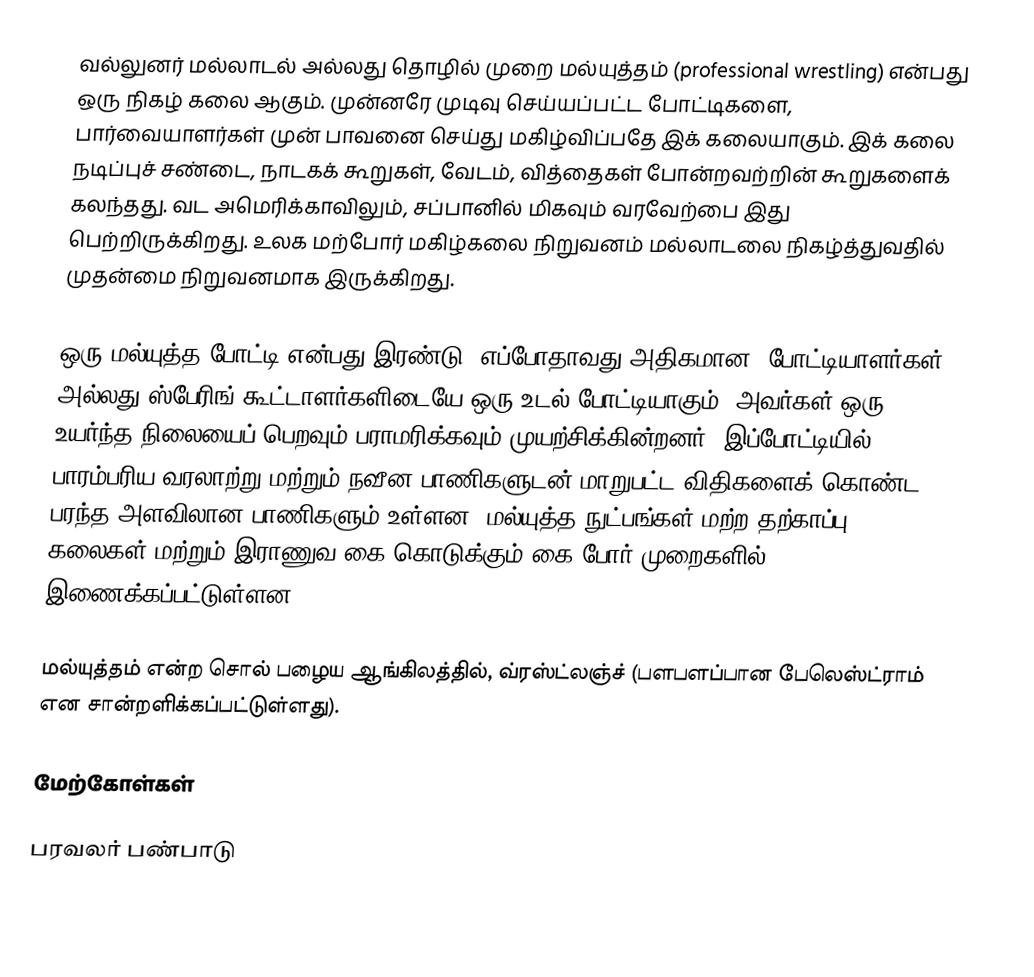
வல்லுனர் மல்லாடல் அல்லது தொழில் முறை  மல்யுத்தம் (professional wrestling) என்பது ஒரு நிகழ் கலை ஆகும். முன்னரே முடிவு செய்யப்பட்ட போட்டிகளை, பார்வையாளர்கள் முன் பாவனை செய்து மகிழ்விப்பதே இக் கலையாகும். இக் கலை நடிப்புச் சண்டை, நாடகக் கூறுகள், வேடம், வித்தைகள் போன்றவற்றின் கூறுகளைக் கலந்தது. வட அமெரிக்காவிலும், சப்பானில் மிகவும் வரவேற்பை இது பெற்றிருக்கிறது. உலக மற்போர் மகிழ்கலை நிறுவனம் மல்லாடலை நிகழ்த்துவதில் முதன்மை நிறுவனமாக இருக்கிறது.

ஒரு மல்யுத்த போட்டி என்பது இரண்டு (எப்போதாவது அதிகமான) போட்டியாளர்கள் அல்லது ஸ்பேரிங் கூட்டாளர்களிடையே ஒரு உடல் போட்டியாகும், அவர்கள் ஒரு உயர்ந்த நிலையைப் பெறவும் பராமரிக்கவும் முயற்சிக்கின்றனர்.  இப்போட்டியில் பாரம்பரிய வரலாற்று மற்றும் நவீன பாணிகளுடன் மாறுபட்ட விதிகளைக் கொண்ட பரந்த அளவிலான பாணிகளும் உள்ளன.  மல்யுத்த நுட்பங்கள் மற்ற தற்காப்பு கலைகள் மற்றும் இராணுவ கை-கொடுக்கும்-கை போர் முறைகளில் இணைக்கப்பட்டுள்ளன.

மல்யுத்தம் என்ற சொல் பழைய ஆங்கிலத்தில், வ்ரஸ்ட்லஞ்ச் (பளபளப்பான பேலெஸ்ட்ராம் என சான்றளிக்கப்பட்டுள்ளது).

மேற்கோள்கள்

பரவலர் பண்பாடு